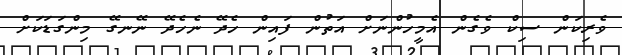
ވެރިކަން ސިކް ވެގެން އެމީހުންނަށް އަތުން ފައިން ހެދޭ ނެހެދޭ ނޭނގޭ މިންގަޑަކަށް